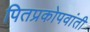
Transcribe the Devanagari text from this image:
पितप्रकोपवांती